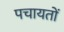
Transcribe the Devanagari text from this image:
पचायतों